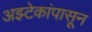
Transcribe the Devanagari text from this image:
अझ्टेकांपासून